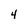
Character: 4